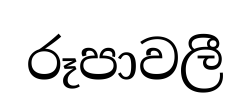
රූපාවලී